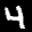
Label: 4